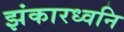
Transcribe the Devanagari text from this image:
झंकारध्वनि